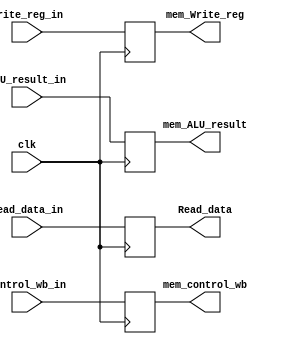
module MEM_WB(
	input clk,
	input  [1:0]  control_wb_in,
	input  [31:0] Read_data_in,
	input  [31:0] ALU_result_in,
	input  [4:0]  Write_reg_in,
	output reg [1:0]  mem_control_wb,
	output reg [31:0] Read_data,
	output reg [31:0] mem_ALU_result,
	output reg [4:0]  mem_Write_reg);
	initial
		begin
			mem_control_wb <= 0;
			Read_data      <= 0;
			mem_ALU_result <= 0;
			mem_Write_reg  <= 0;
		end
	always @ (posedge clk)
		begin
			mem_control_wb <= control_wb_in;
			Read_data      <= Read_data_in;
			mem_ALU_result <= ALU_result_in;
			mem_Write_reg  <= Write_reg_in;
		end
endmodule